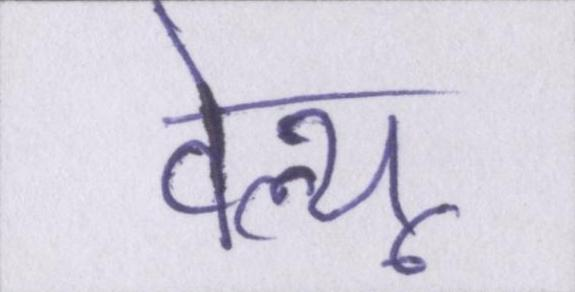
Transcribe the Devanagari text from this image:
वेल्यू